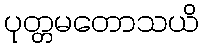
ပုတ္တမတောသယိ